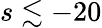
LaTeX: s\lesssim-20